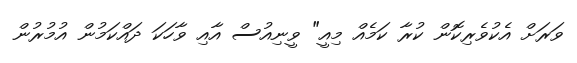
ވަރަށް އެކުވެރިކޮން ކުރާ ކަމެއް މިއީ" ވީނިއުސް އާއި ވާހަކަ ދައްކަމުން އުމުރުން